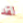
لقد